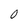
Character: 0